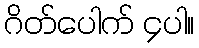
ဂိတ်ပေါက် ၄ပါ။